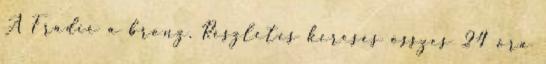
A Fradié a bronz. Részletes keresés összes 24 óra